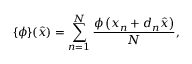
\{ \phi \} ( \boldsymbol { \hat { x } } ) = \sum _ { n = 1 } ^ { N } \frac { \phi \left( \boldsymbol { x } _ { n } + d _ { n } \boldsymbol { \hat { x } } \right) } { N } ,